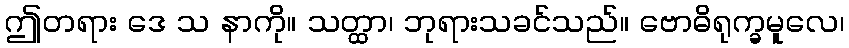
ဤတရား ဒေ သ နာကို။ သတ္ထာ၊ ဘုရားသခင်သည်။ ဗောဓိရုက္ခမူလေ၊